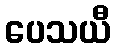
ပေသယီ